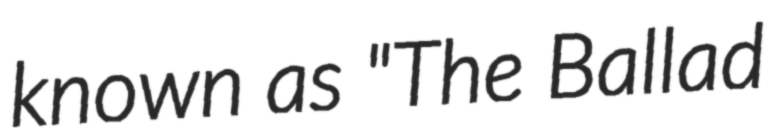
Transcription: known as "The Ballad